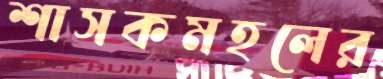
শাসকমহলের